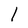
Character: 1